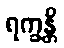
ရက္ခန္တိ